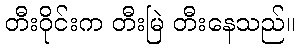
တီးဝိုင်းက တီးမြဲ တီးနေသည်။